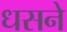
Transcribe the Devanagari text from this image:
धसने